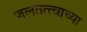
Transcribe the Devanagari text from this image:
जलतत्त्वाच्या